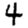
Digit: 4